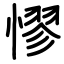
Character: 憀